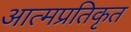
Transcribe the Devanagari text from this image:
आत्मप्रतिकृत